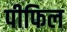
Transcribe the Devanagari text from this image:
पीफिल